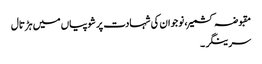
مقبوضہ کشمیر، نوجوان کی شہادت پر شوپیاں میں ہڑتال
سرینگر ۔